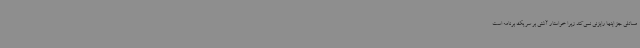
مسائلی جز اینها رایزنی نمی‌کند زیرا خواستار آشتی بر سر یک برنامه است